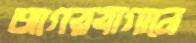
আগরবাগানে